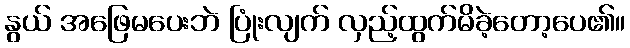
နွယ် အဖြေမပေးဘဲ ပြုံးလျက် လှည့်ထွက်မိခဲ့တော့ပေ၏။